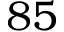
8 5